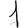
Digit: 1